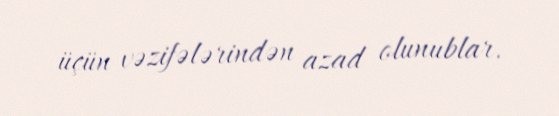
üçün vəzifələrindən azad olunublar.